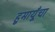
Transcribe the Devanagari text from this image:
हुमायूँचा